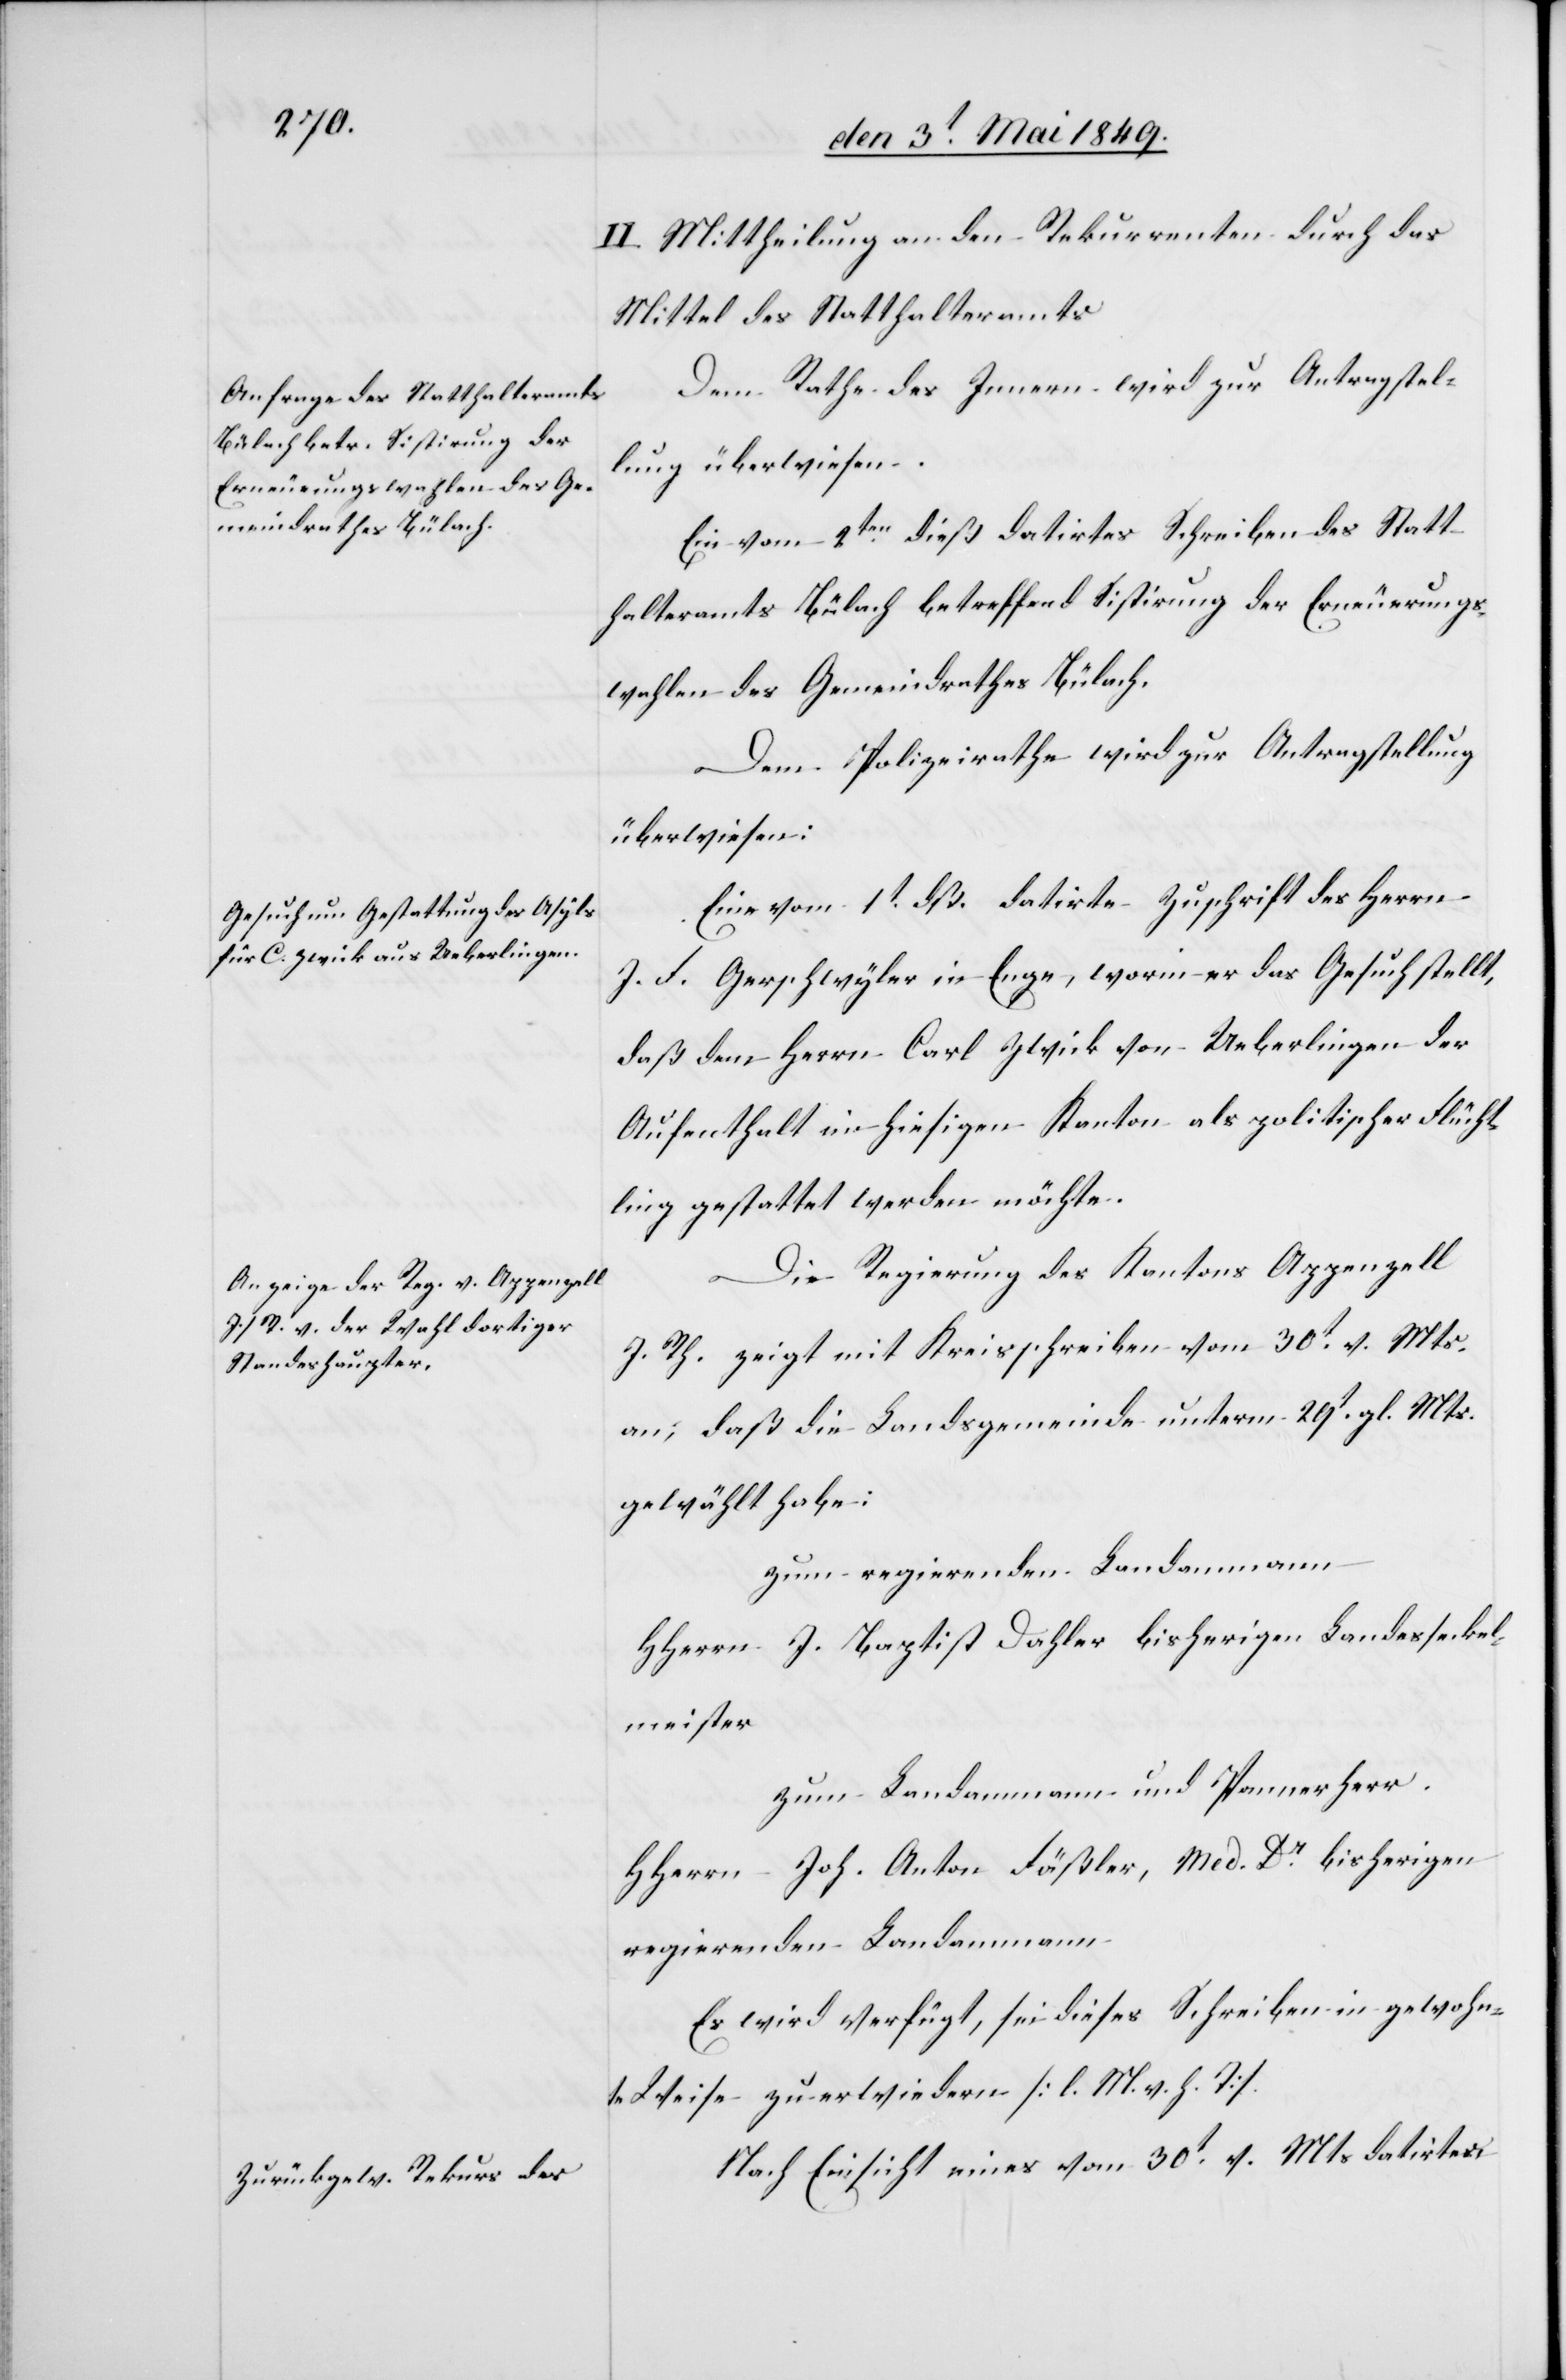
rneuerungswahlen des Ge¬
meindrathes Bülach.

den 4. Mai 1849.]
II. Mittheilung an den Rekurrenten durch das
Mittel des Statthalteramts[.]
Dem Rathe des Innern wird zur Antragstel¬
lung überwiesen.
Ein vom 2ten dieß datirtes Schreiben der E¬
Dem Polizeirathe wird zur Antragstellung
überwiesen:
Eine vom 1t dß. datirte Zuschrift des Herrn
J. F. Gerschwyler in Enge, worin er das Gesuch stellt,
daß den Herrn Carl Zwick von Ueberlingen der
Aufenthalt im hiesigen Kanton als politischer Flücht¬
ling gestattet werden möchte.
Die Regierung des Kantons Appenzell
I. Rh. zeigt mit Kreisschreiben vom 30t v. Mts.
an; daß die Landsgemeinde unterm 29t gl. Mts.
gewählt habe:
Zum regierenden Landammann
HHerrn J. Baptist Dahler bisherigen Landesseckel¬
meister.
zum Landammann und Pannerherr.
HHerrn Joh. Anton Fäßler, Med. Dr bisherigen
regierenden Landammann
Es wird verfügt, sei dieses Schreiben in gewohn¬
te[r] Weise zu erwiedern [l. M. h. T].
Nach Einsicht eines vom 30t v. Mts datirtes